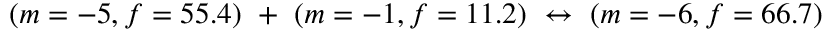
( m = - 5 , f = 5 5 . 4 ) \ + \ ( m = - 1 , f = 1 1 . 2 ) \ \leftrightarrow \ ( m = - 6 , f = 6 6 . 7 )